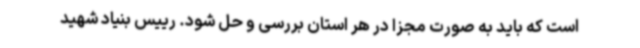
است که باید به صورت مجزا در هر استان بررسی و حل شود. رییس بنیاد شهید